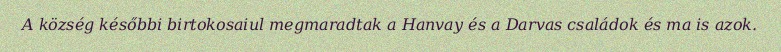
A község későbbi birtokosaiul megmaradtak a Hanvay és a Darvas családok és ma is azok.